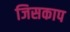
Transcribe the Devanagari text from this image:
जिसकाप